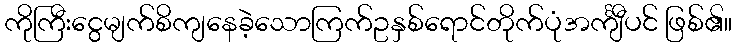
ကိုကြီးငွေမျက်စိကျနေခဲ့သောကြက်ဥနှစ်ရောင်တိုက်ပုံအင်္ကျီပင် ဖြစ်၏။